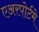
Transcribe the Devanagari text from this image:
एअरपोर्टमे